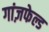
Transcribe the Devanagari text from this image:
गांज़फेल्ड